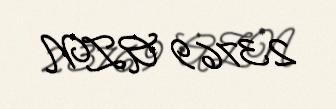
23769 AZN